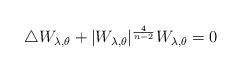
LaTeX: \begin{align*}\begin{array}{l}\triangle W_{\lambda,\theta} + |W_{\lambda,\theta}|^{\frac{4}{n-2}} W_{\lambda,\theta} =0\end{array}\end{align*}